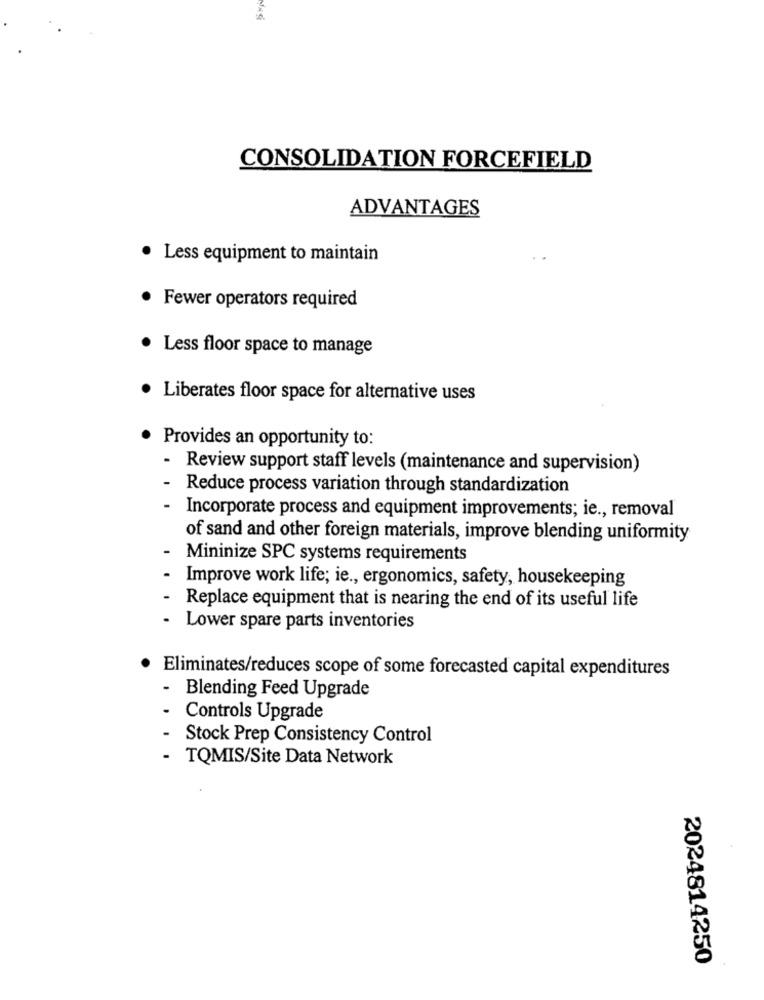
CONSOLIDATION FORCEFIELD
ADVANTAGES
Less equipment to maintain
Fewer operators required
Less floor space to manage
Liberates floor space for alternative uses
Provides an opportunity to:
- Review support staff levels (maintenance and supervision)
- Reduce process variation through standardization
- Incorporate process and equipment improvements; ie ., removal
of sand and other foreign materials, improve blending uniformity
Mininize SPC systems requirements
Improve work life; ie ., ergonomics, safety, housekeeping
- Replace equipment that is nearing the end of its useful life
- Lower spare parts inventories
Eliminates/reduces scope of some forecasted capital expenditures
- Blending Feed Upgrade
- Controls Upgrade
-
Stock Prep Consistency Control
- TQMIS/Site Data Network
2024814250